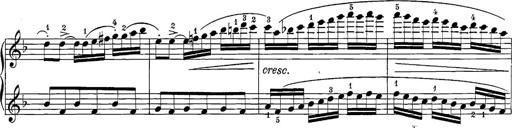
Title: 12 Sonatine per Pianoforte
Composer: Friedrich Kuhlau